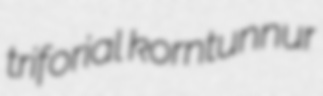
triforial korntunnur